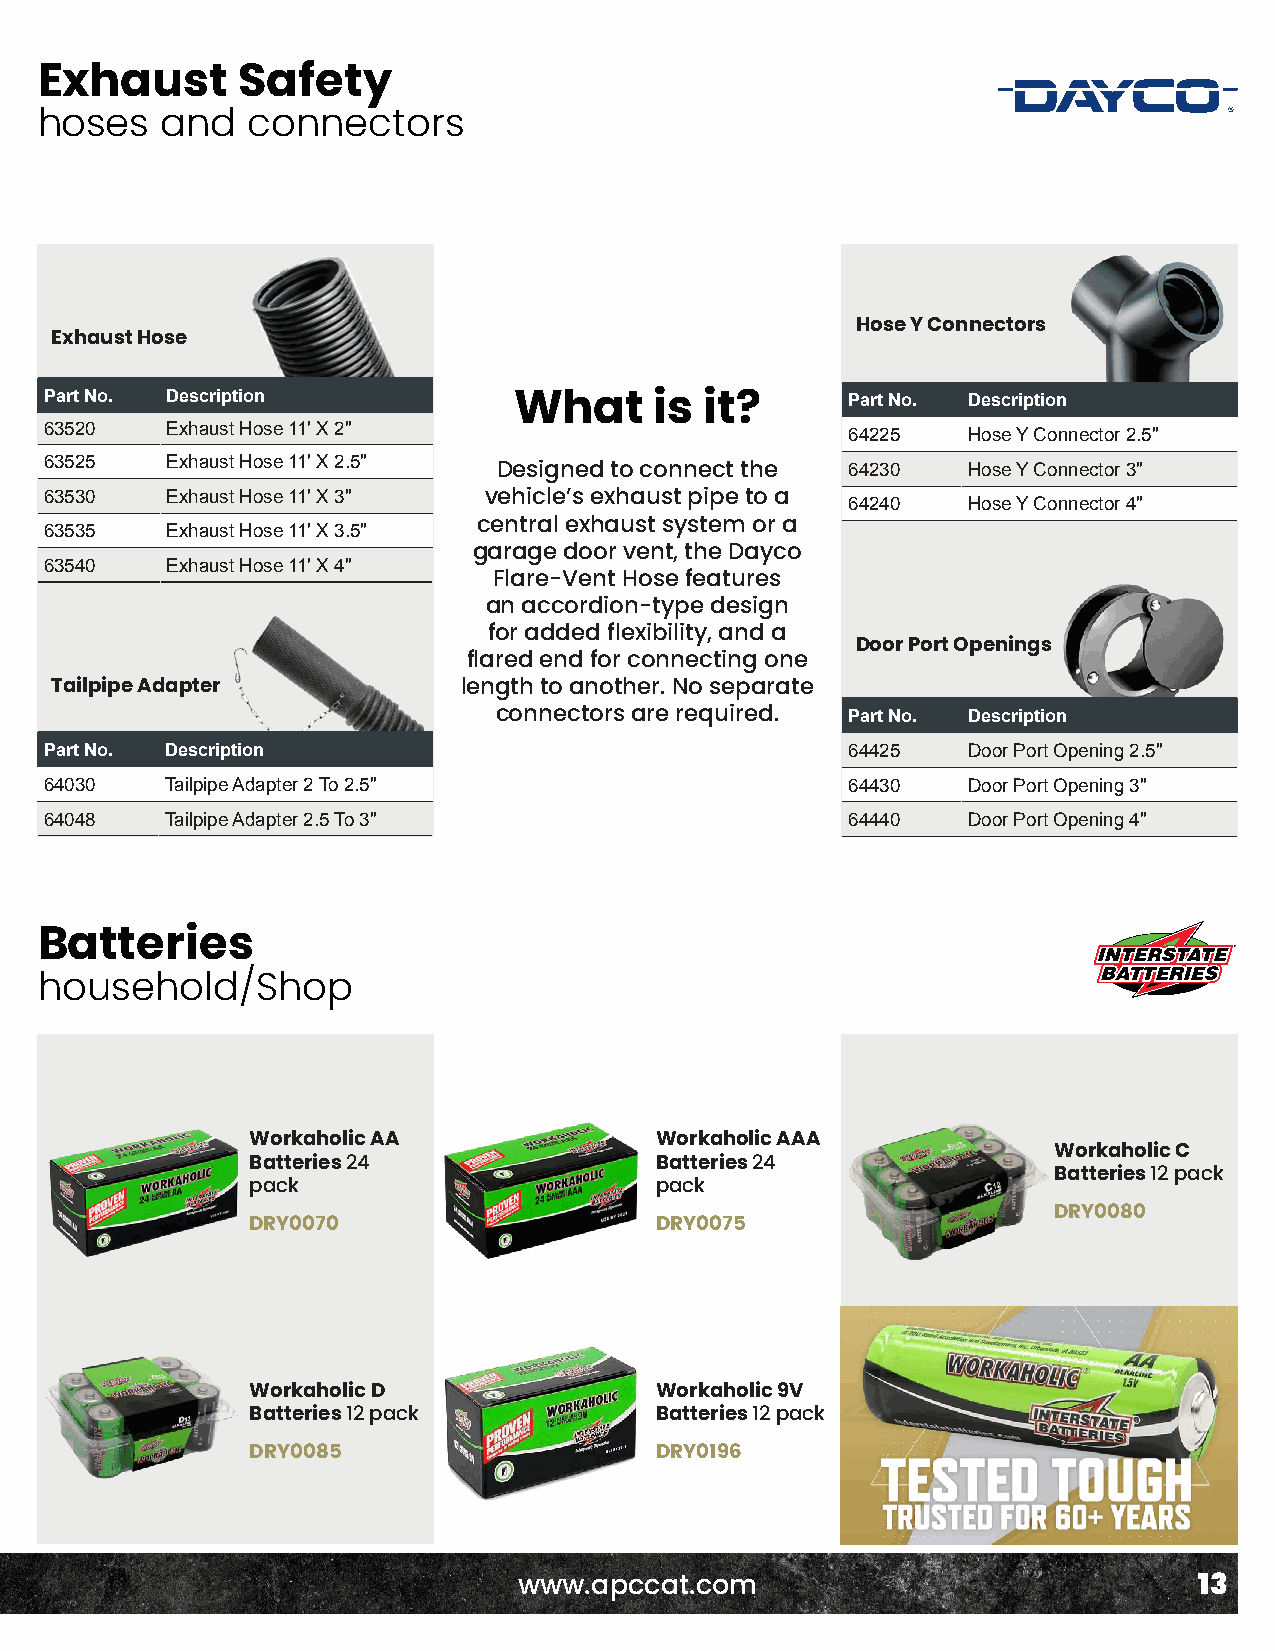
Exhaust       Safety
 hoses    and  connectors
 Hose Y Connectors
 Exhaust Hose
 Part No. Description                                 Part No. Description
 What     is  it?
 63520   Exhaust Hose 11' X 2"                        64225   Hose Y Connector 2.5"
 63525   Exhaust Hose 11' X 2.5"
 Designed to connect the 64230  Hose Y Connector 3"
 63530   Exhaust Hose 11' X 3" vehicle’s exhaust pipe to a 64240 Hose Y Connector 4"
 63535   Exhaust Hose 11' X 3.5" central exhaust system or a
 garage door vent, the Dayco
 63540   Exhaust Hose 11' X 4"
 Flare-Vent Hose features
 an accordion-type design
 for added flexibility, and a
 Door Port Openings
 flared end for connecting one
 Tailpipe Adapter            length to another. No separate
 connectors are required. Part No. Description
 Part No. Description                                 64425   Door Port Opening 2.5"
 64030   Tailpipe Adapter 2 To 2.5"                   64430   Door Port Opening 3"
 64048   Tailpipe Adapter 2.5 To 3"                   64440   Door Port Opening 4"
 Batteries
 household/Shop
 Workaholic AA             Workaholic AAA
 Workaholic C
 Batteries 24              Batteries 24
 Batteries 12 pack
 pack                      pack
 DRY0080
 DRY0070                   DRY0075
 Workaholic D              Workaholic 9V
 Batteries 12 pack         Batteries 12 pack
 DRY0085                   DRY0196
 www.apccat.com                               13